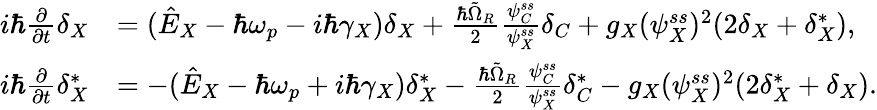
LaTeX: \begin{array}{rl}{i\hbar\frac{\partial}{\partial t}\delta_{X}}&{=(\hat{E}_{X}-\hbar\omega_{p}-i\hbar\gamma_{X})\delta_{X}+\frac{\hbar\tilde{\Omega}_{R}}{2}\frac{\psi_{C}^{ss}}{\psi_{X}^{ss}}\delta_{C}+g_{X}(\psi_{X}^{ss})^{2}(2\delta_{X}+\delta_{X}^{*}),}\\ {i\hbar\frac{\partial}{\partial t}\delta_{X}^{*}}&{=-(\hat{E}_{X}-\hbar\omega_{p}+i\hbar\gamma_{X})\delta_{X}^{*}-\frac{\hbar\tilde{\Omega}_{R}}{2}\frac{\psi_{C}^{ss}}{\psi_{X}^{ss}}\delta_{C}^{*}-g_{X}(\psi_{X}^{ss})^{2}(2\delta_{X}^{*}+\delta_{X}).}\end{array}